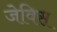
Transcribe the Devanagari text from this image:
जेविस